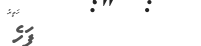
٣         ފަހެ